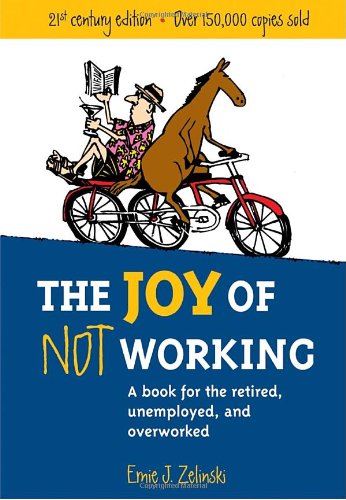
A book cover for The Joy of Not Working:  A Book for the Retired, Unemployed and Overworked- 21st Century Edition; Ernie J. Zelinski; Health, Fitness & Dieting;